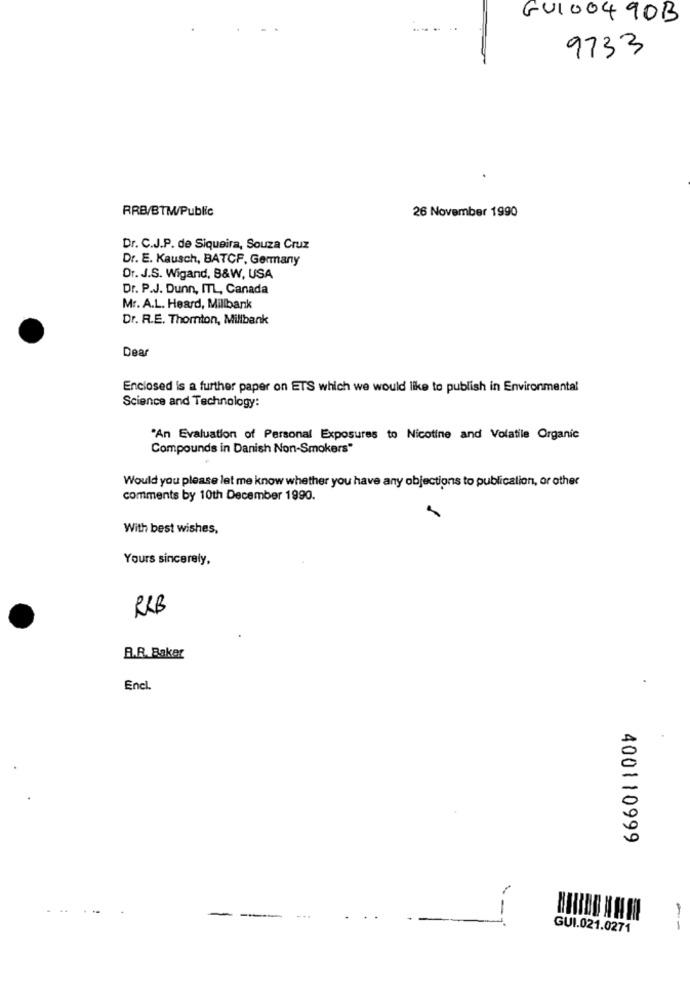
GUI00490B
9733
RRB/BTWW/Public
26 November 1990
Dr. C.J.P. de Siqueira, Souza Cruz
Dr. E. Kausch, BATCF, Germany
Dr. J.S. Wigand, B&W, USA
Dr. P.J. Dunn, ITL, Canada
Mr. A.L. Heard, Millbank
Dr. R.E. Thornton, Millbank
Dear
Enclosed is a further paper on ETS which we would like to publish in Environmental
Science and Technology:
"An Evaluation of Personal Exposures to Nicotine and Volatile Organic
Compounds in Danish Non-Smokers"
Would you please let me know whether you have any objections to publicalion, or other
comments by 10th December 1990.
With best wishes,
Yours sincerely,
R&B
B.R. Baker
Encl.
400110999
--
--
GUI.021.0271
--